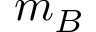
m _ { B }